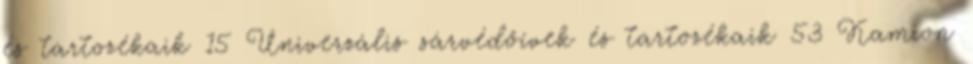
és tartozékaik 15 Univerzális sárvédőívek és tartozékaik 53 Kamion